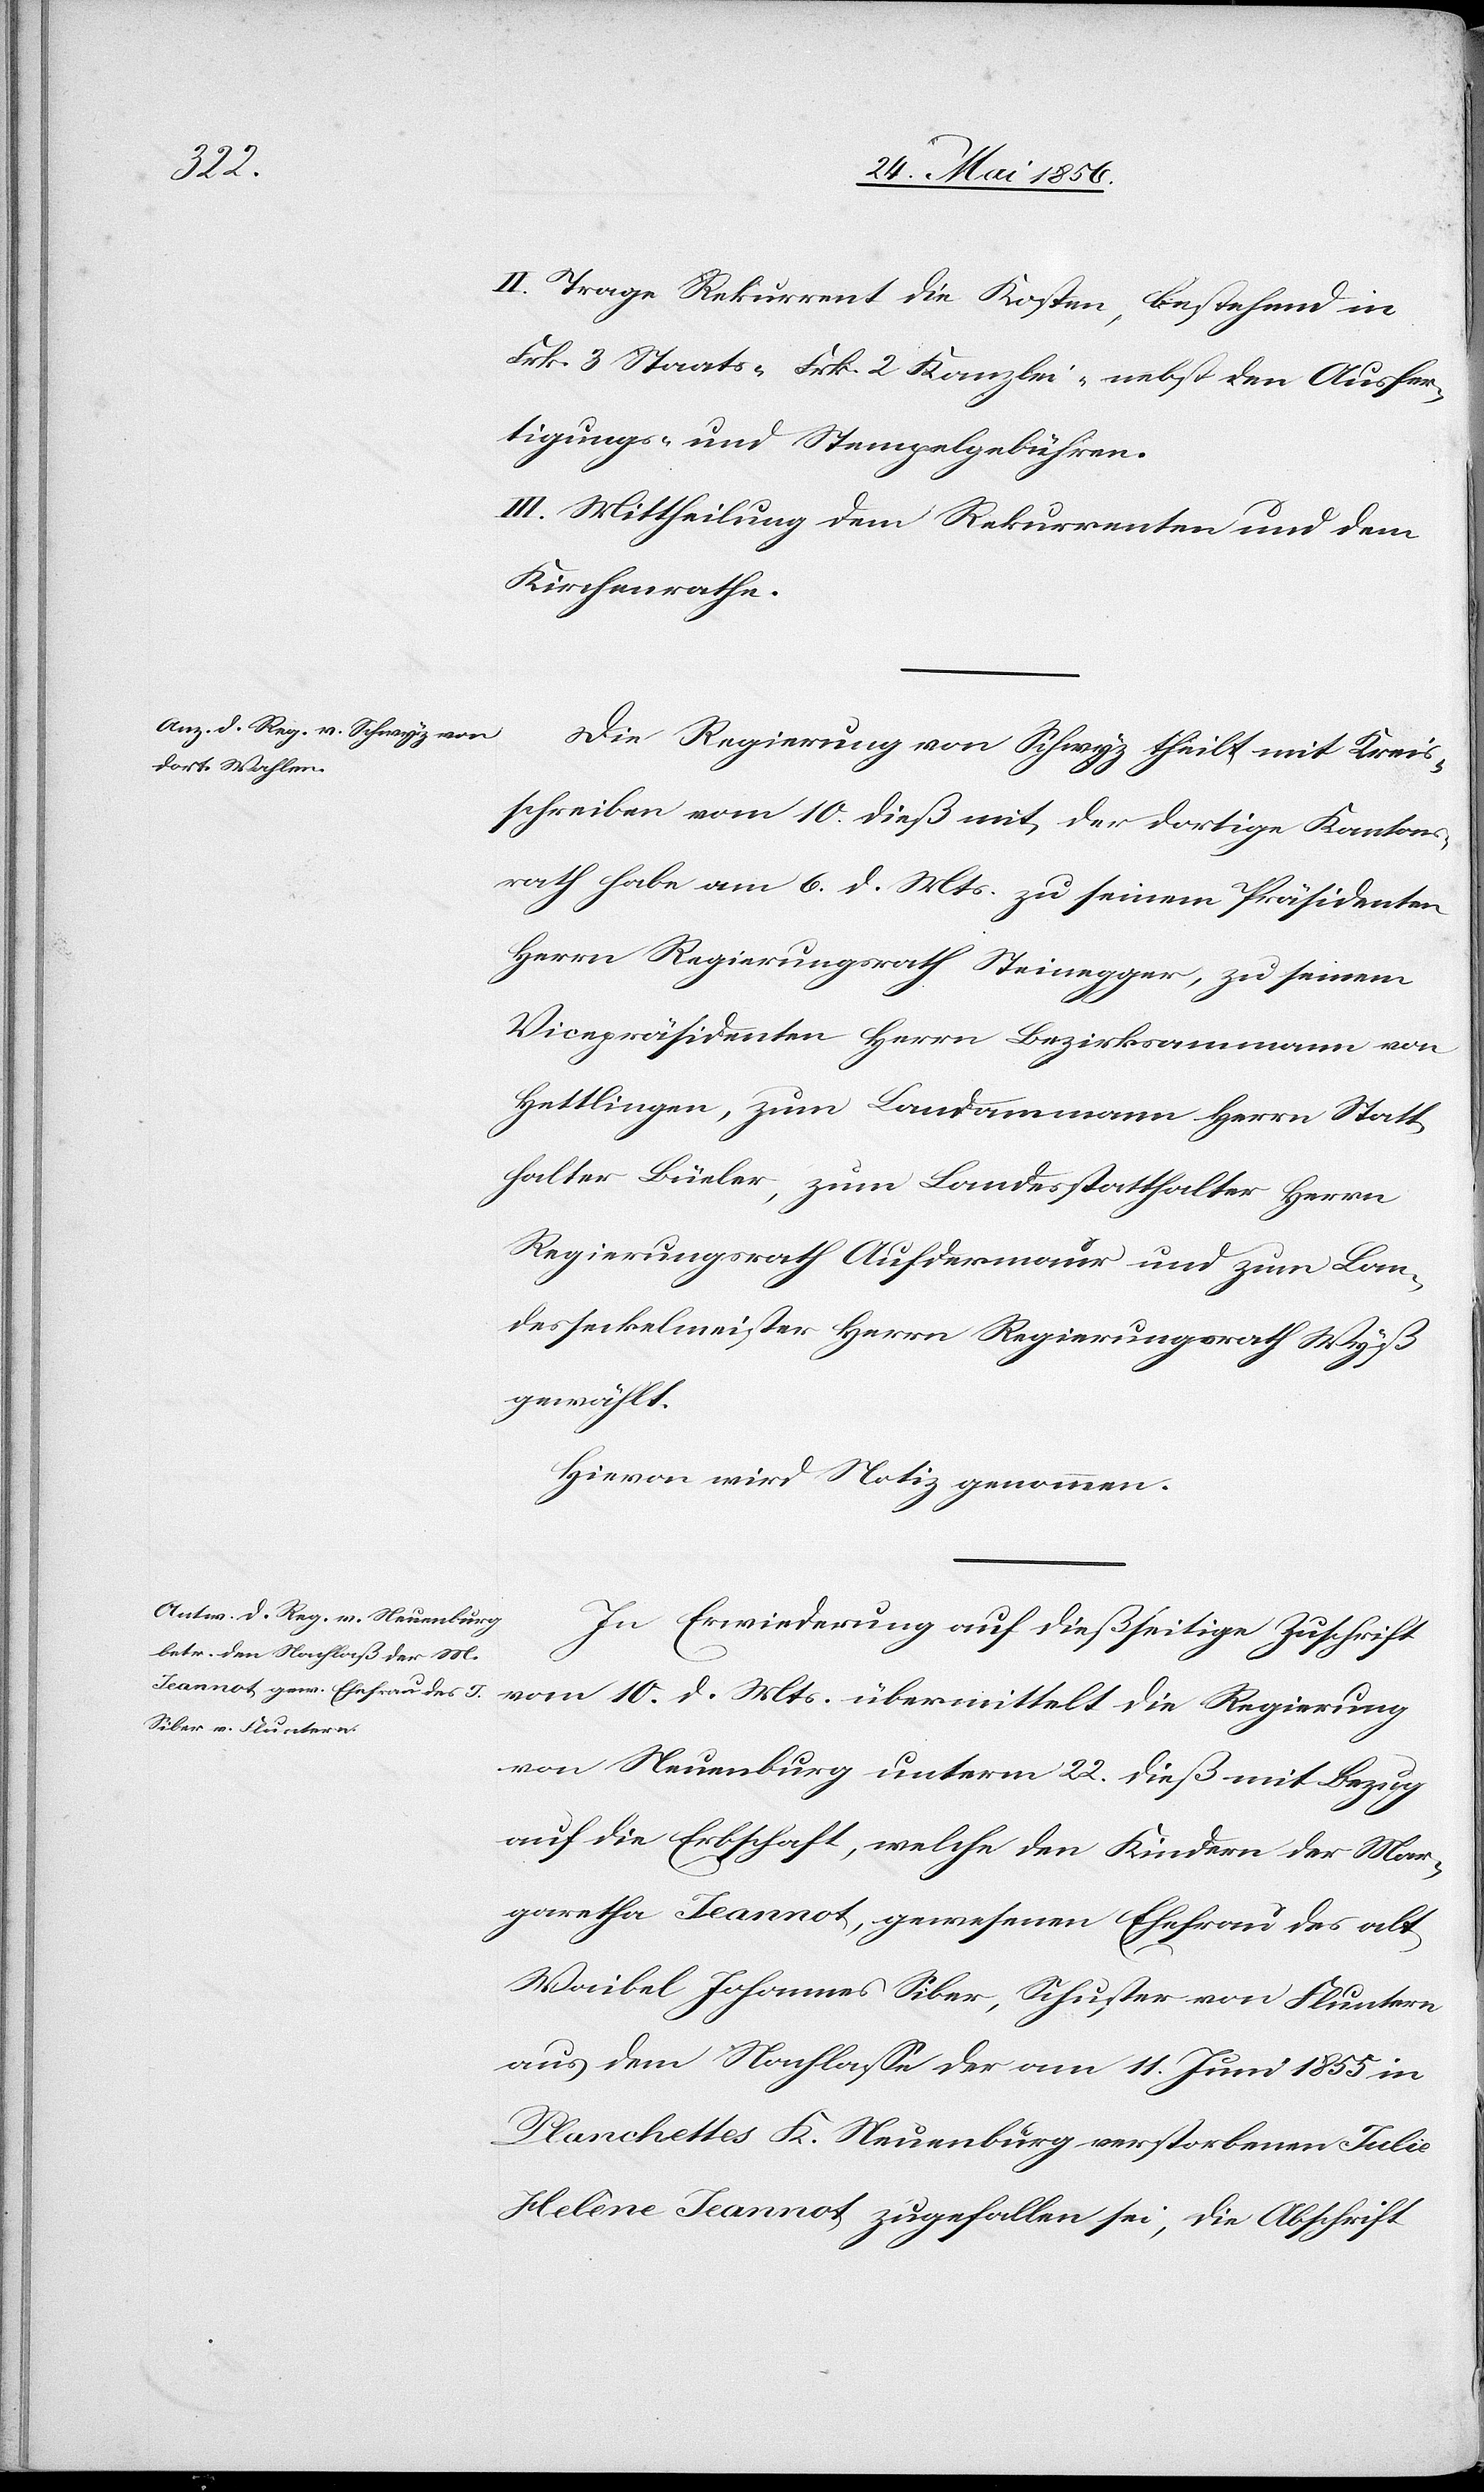
II. Trage Rekurrent die Kosten, bestehend in
Frk. 3 Staats- [,] Frk. 2 Kanzlei- nebst den Ausfer¬
tigungs- und Stempelgebühren.
III. Mittheilung dem Rekurrenten und dem
Kirchenrathe.
Die Regierung von Schwyz theilt mit Kreis¬
schreiben vom 10. dieß mit, der dortige Kantons¬
rath habe am 6. d. Mts. zu seinem Präsidenten
Herrn Regierungsrath Steinegger, zu seinem
Vicepräsidenten Herrn Bezirksammann von
Hettlingen, zum Landammann Herrn Statt¬
halter Bürler, zum Landesstatthalter Herrn
Regierungsrath Aufdermaur und zum Lan¬
desseckelmeister Herrn Regierungsrath Wyß
gewählt.
Hievon wird Notiz genommen.
In Erwiederung auf dießseitige Zuschrift
vom 10. d. Mts. übermittelt die Regierung
von Neuenburg unterm 22. dieß mit Bezug
auf die Erbschaft, welche den Kindern der Mar¬
garetha Jeannot, gewesenen Ehefrau des alt
Waibel Johannes Siber, Schuster von Fluntern
aus dem Nachlasse der am 11. Juni 1855 in
Planchettes K. Neuenburg verstorbenen Julie
Helène Jeannot zugefallen sei, die Abschrift